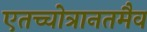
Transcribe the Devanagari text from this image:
एतच्चोत्रानतमैव